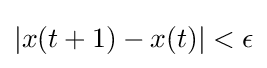
|x(t+1)-x(t)|<\epsilon